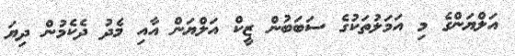
އަލްޔަންގެ މި އަމަލުތަކުގެ ސަބަބުން ޒީކް އަލްޔަން އާއި މެދު ދެކެމުން ދިޔަ